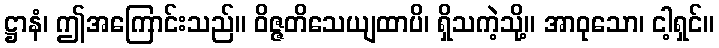
ဋ္ဌာနံ၊ ဤအကြောင်းသည်။ ဝိဇ္ဇတိသေယျထာပိ၊ ရှိသကဲ့သို့။ အာဝုသော၊ ငါ့ရှင်။